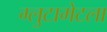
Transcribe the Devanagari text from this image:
ग्लुटामेटला